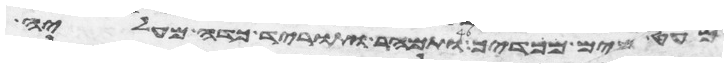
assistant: מעט מים מכדך ותמהר ותורד כדה מעליה